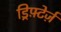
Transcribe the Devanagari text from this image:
ड्रिफ़्टेर्ज़